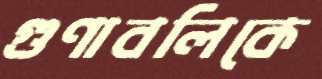
গুণাবলিকে